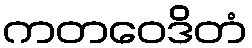
ကတဝေဒိတံ